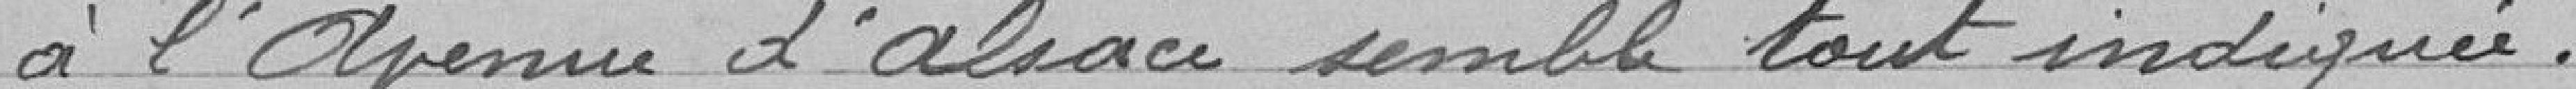
à l'avenue d'Alsace semble tout indiquée.